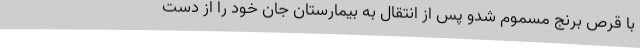
با قرص برنج مسموم شدو پس از انتقال به بیمارستان جان خود را از دست